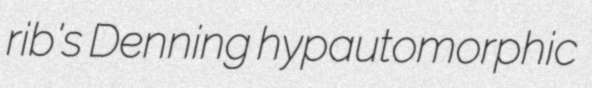
rib's Denning hypautomorphic